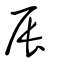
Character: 辰